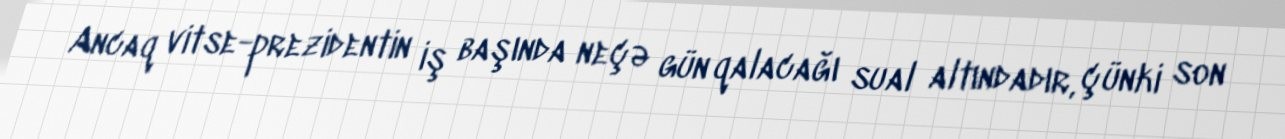
Ancaq vitse-prezidentin iş başında neçə gün qalacağı sual altındadır, çünki son